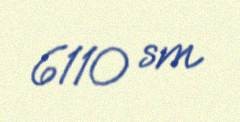
6110 sm